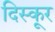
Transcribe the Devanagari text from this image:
दिस्कूर